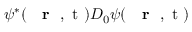
\psi ^ { * } ( \mathrm { ~ { ~ \bf ~ r ~ } ~ , ~ t ~ } ) D _ { 0 } \psi ( \mathrm { ~ { ~ \bf ~ r ~ } ~ , ~ t ~ } )